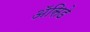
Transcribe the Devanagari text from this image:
ॲसिडे